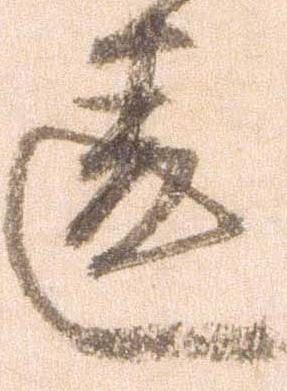
違